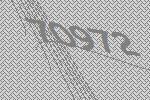
70972